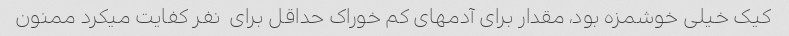
کیک خیلی خوشمزه بود، مقدار برای آدمهای کم خوراک حداقل برای  نفر کفایت میکرد ممنون